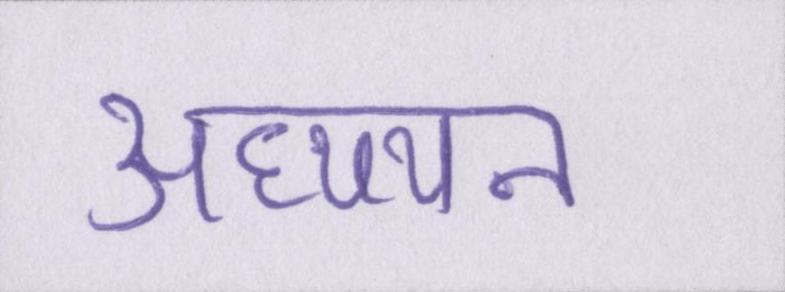
अध्य्यन